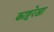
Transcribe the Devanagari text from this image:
काष्टरेखा